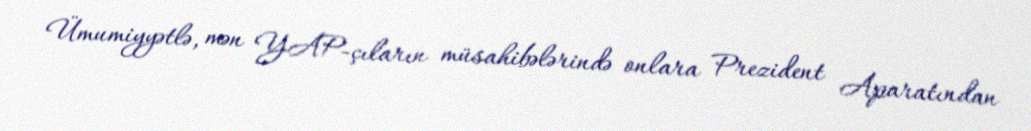
Ümumiyyətlə, mən YAP-çıların müsahibələrində onlara Prezident Aparatından